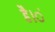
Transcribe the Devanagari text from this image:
है।ं